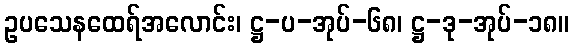
ဥပသေနထေရ်အလောင်း၊ ဋ္ဌ-ပ-အုပ်-၆၈၊ ဋ္ဌ-ဒု-အုပ်-၁၈။